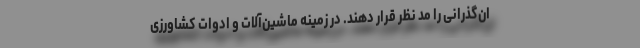
ان‌گذرانی را مد نظر قرار دهند. در زمینه ماشین‌آلات و ادوات کشاورزی